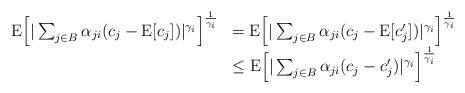
LaTeX: \begin{align*}\begin{array}{rl}{\rm E} \Big[|\sum_{j\in B}\alpha_{ji}(c_j-{\rm E}[c_j]) |^{\gamma_i}\Big]^{\frac1{\gamma_i}} & = {\rm E} \Big[|\sum_{j\in B}\alpha_{ji}(c_j-{\rm E}[c_j^\prime]) |^{\gamma_i}\Big]^{\frac1{\gamma_i}}\\& \leq {\rm E} \Big[|\sum_{j\in B}\alpha_{ji}(c_j-c_j^\prime) |^{\gamma_i}\Big]^{\frac1{\gamma_i}}\end{array}\end{align*}